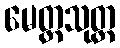
မေတ္တသုတ္တ